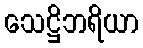
သေဋ္ဌိဘရိယာ